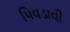
પિવડાવી